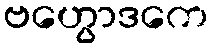
ဗဟွောဒကေ